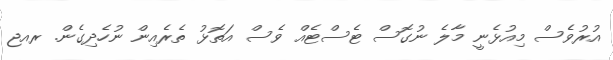
އުރުވެސް މިއުޅެނީ މާލެ ނުގޮސް ޓެސްޓެއް ވެސް އަތޮޅު ތެރެއިން ނުހެދިގެން. ރއޖ